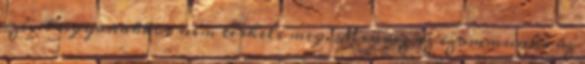
szívet ugyanakkor nem terheli meg. Mindez az izommunka az